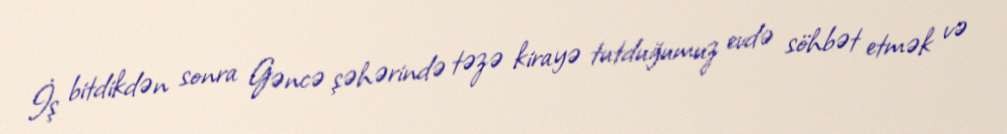
İş bitdikdən sonra Gəncə şəhərində təzə kirayə tutduğumuz evdə söhbət etmək və